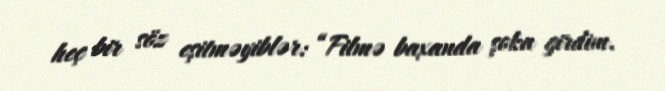
heç bir söz eşitməyiblər: “Filmə baxanda şoka girdim.